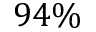
9 4 \%